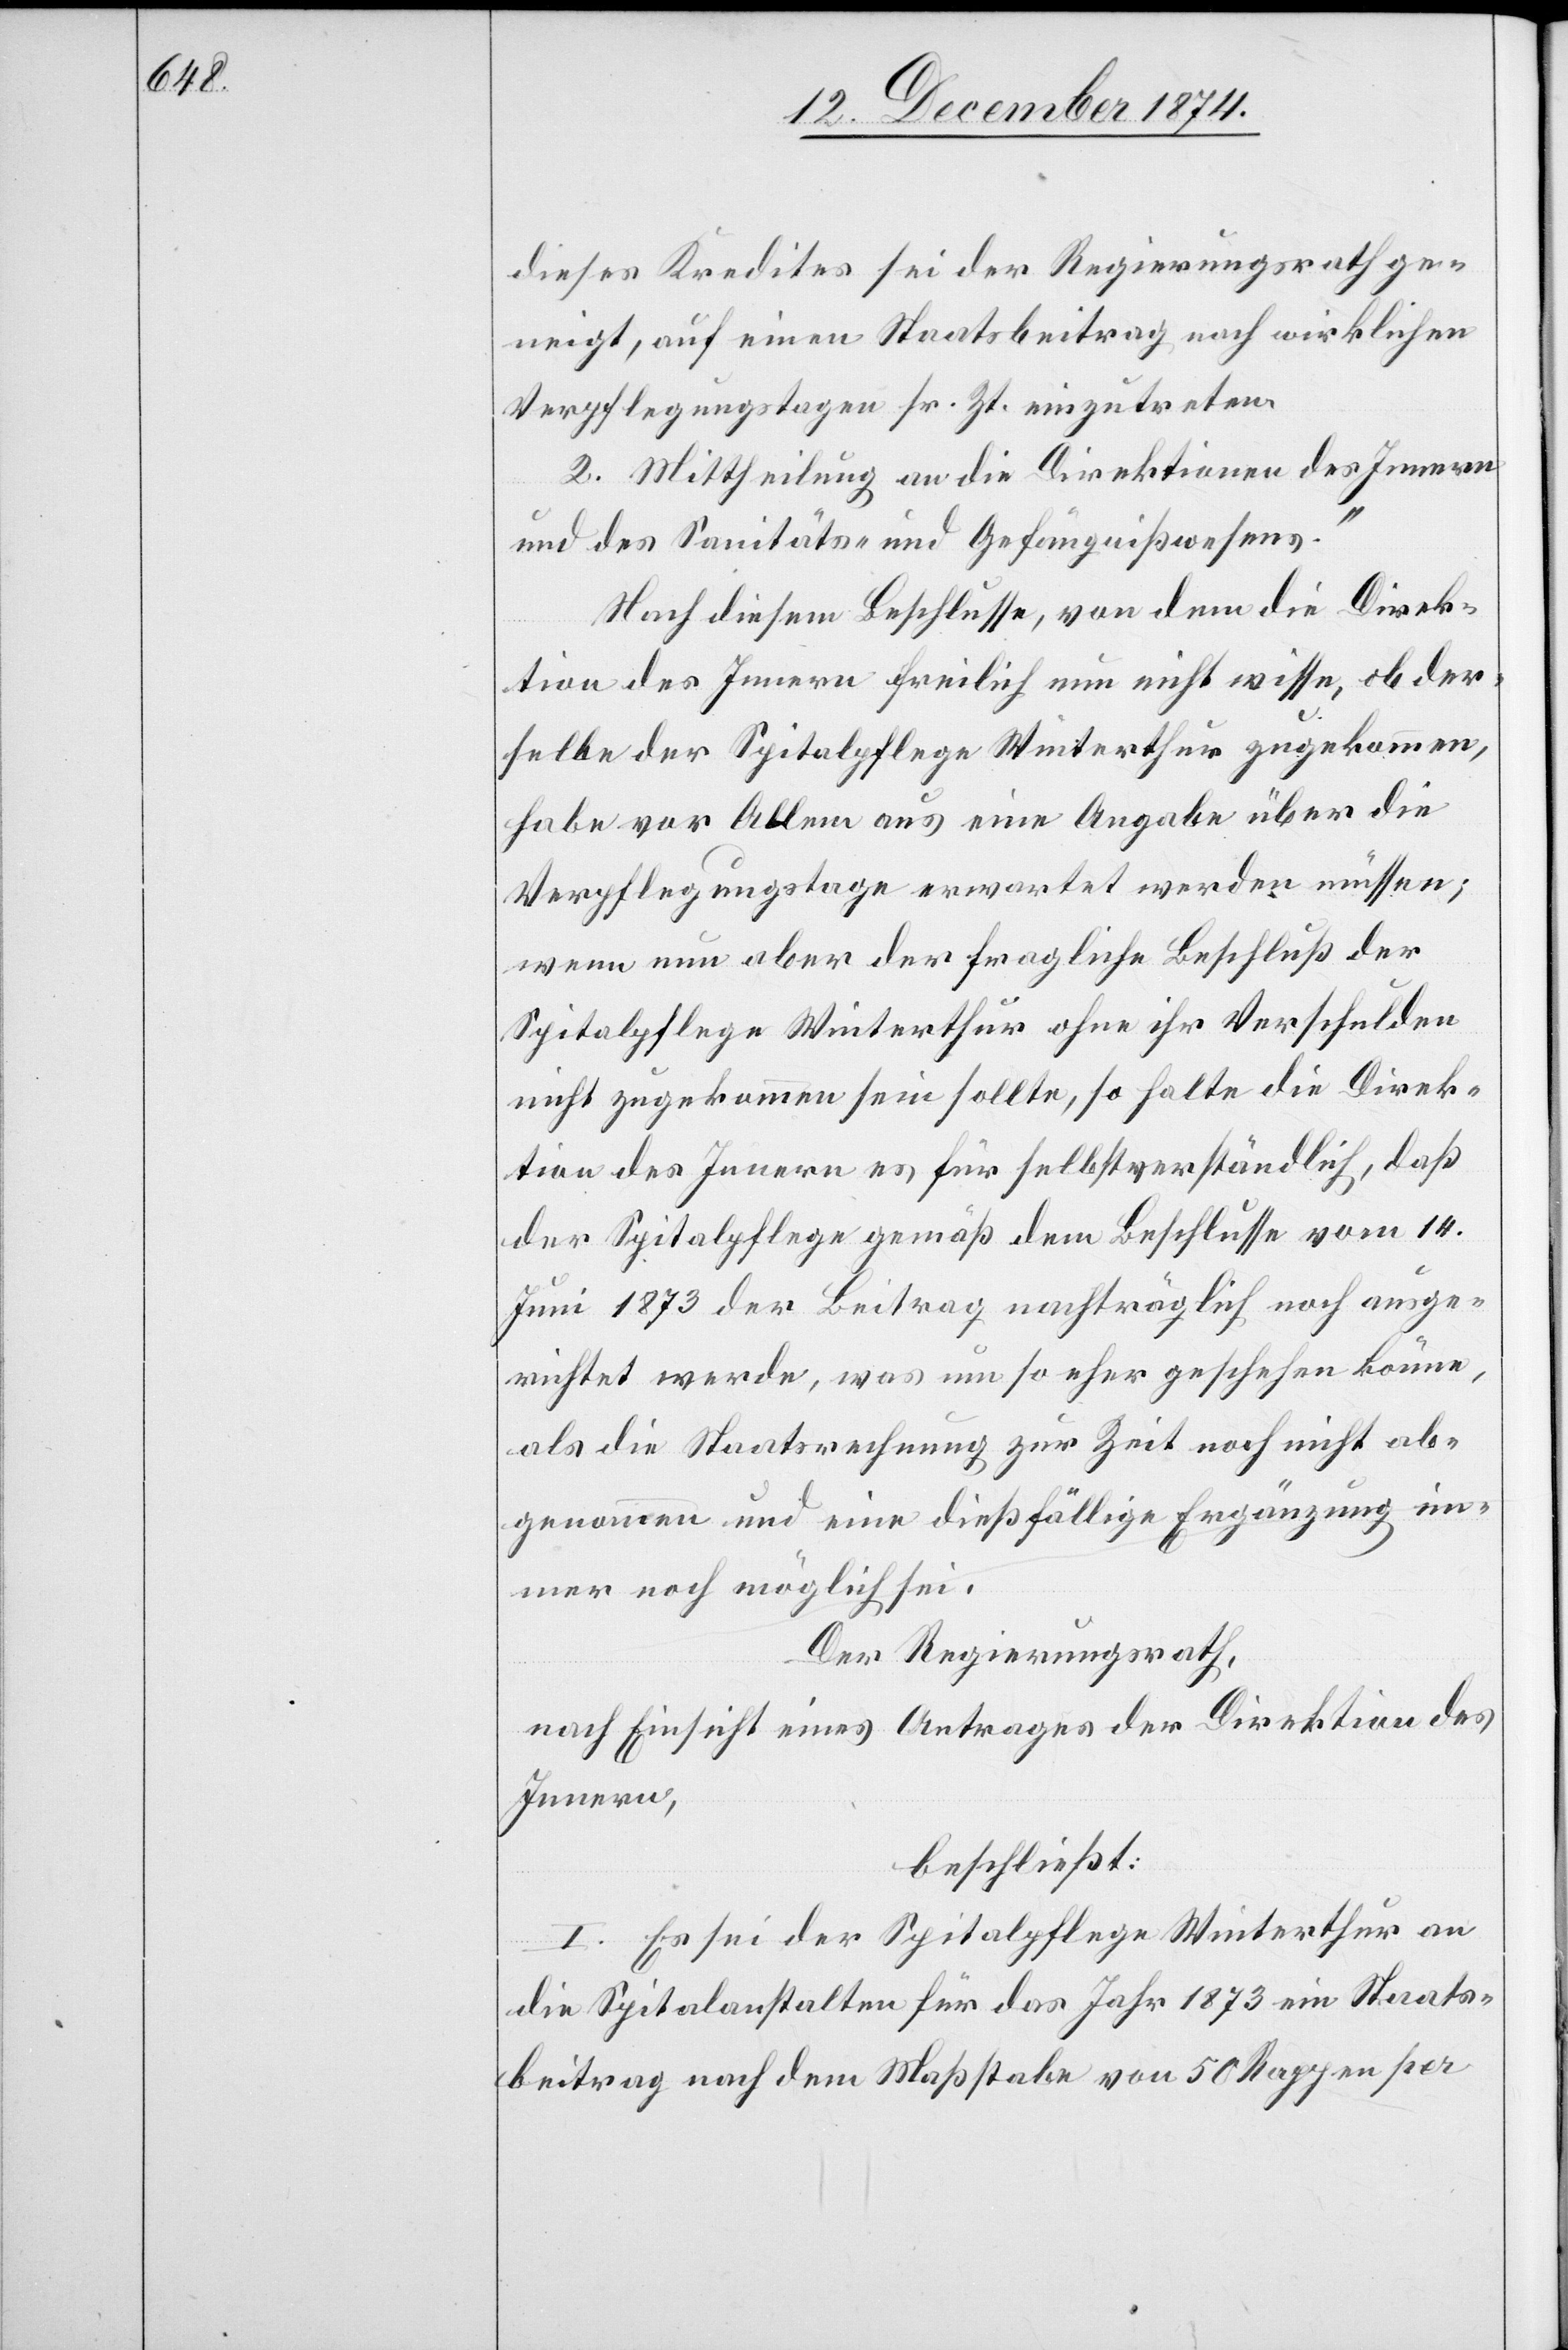
dieses Kredites sei der Regierungsrath ge¬
neigt, auf einen Staatsbeitrag nach wirklichen
Verpflegungstagen sr. Zt. einzutreten.
2. Mittheilung an die Direktion des Innern
und des Sanitäts- und Gefängnißwesens.“
Nach diesem Beschlusse, von dem die Direk¬
tion des Innern freilich nun nicht wisse, ob der¬
selbe der Spitalpflege Winterthur zugekommen,
habe vor Allem aus eine Angabe über die
Verpflegungstage erwartet werden müssen;
wenn nun aber der fragliche Beschluß der
Spitalpflege Winterthur ohne ihr Verschulden
nicht zugekommen sein sollte, so halte die Direk¬
tion des Innern es für selbstverständlich, daß
der Spitalpflege gemäß dem Beschlusse vom 14.
Juni 1873 der Beitrag nachträglich noch ausge¬
richtet werde, was um so eher geschehen könne,
als die Staatsrechnung zur Zeit noch nicht ab¬
genommen und eine dießfällige Ergänzung im¬
mer noch möglich sei.
Der Regierungsrath,
nach Einsicht eines Antrages der Direktion des
Innern,
beschließt:
I. Es sei der Spitalpflege Winterthur an
die Spitalanstalten für das Jahr 1873 ein Staats¬
beitrag nach dem Maßstabe von 50 Rappen per